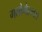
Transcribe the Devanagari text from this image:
गलोमेरुलस